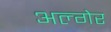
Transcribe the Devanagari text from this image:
अल्गेर